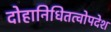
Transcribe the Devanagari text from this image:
दोहानिधितत्वोपदेश